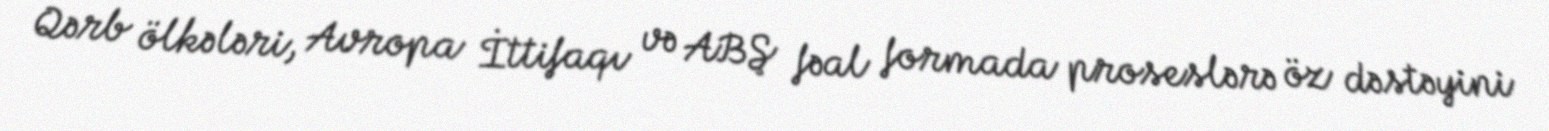
Qərb ölkələri, Avropa İttifaqı və ABŞ fəal formada proseslərə öz dəstəyini